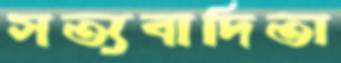
সত্যবাদিতা